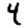
Digit: 4